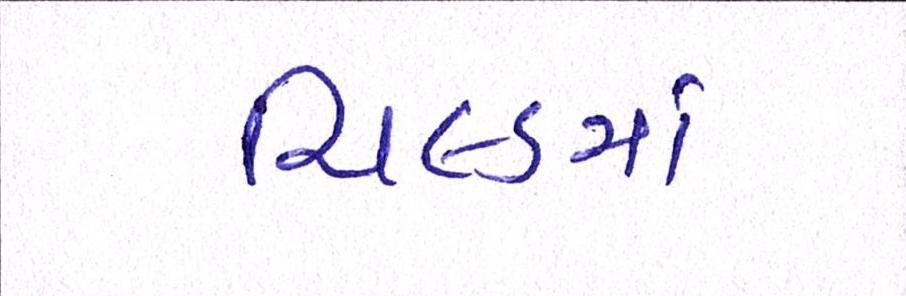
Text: યિલ્ડમાં